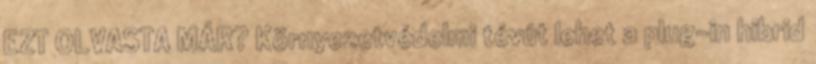
EZT OLVASTA MÁR? Környezetvédelmi tévút lehet a plug-in hibrid